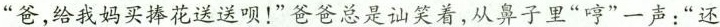
“爸,给我妈买捧花送送呗!”爸爸总是讪笑着,从鼻子里“哼”一声:“还